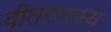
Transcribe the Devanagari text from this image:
वीतरागस्य